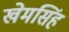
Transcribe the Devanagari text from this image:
खेमसिंह